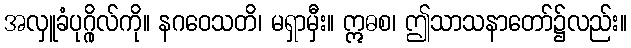
အလှူခံပုဂ္ဂိုလ်ကို။ နဂဝေသတိ၊ မရှာမှီး။ ဣဓစ၊ ဤသာသနာတော်၌လည်း။